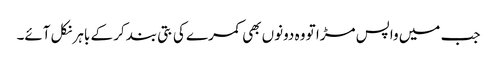
جب میں واپس مڑا تو وہ دونوں بھی کمرے کی بتی بند کر کے باہر نکل آئے۔